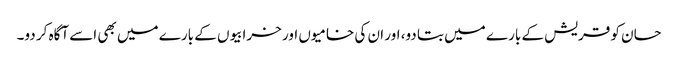
حسان کو قریش کے بارے میں بتا دو، اور ان کی خامیوں اور خرابیوں کے بارے میں بھی اسے آگاہ کر دو۔